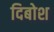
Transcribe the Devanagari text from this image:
दिबोश